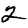
Digit: 2